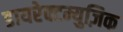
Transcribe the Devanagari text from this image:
डायरेक्टम्युज़िक